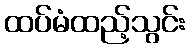
ထပ်မံထည့်သွင်း